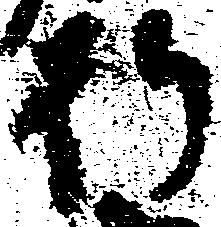
行